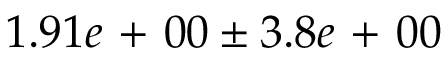
1 . 9 1 e \mathrm { ~ + ~ } 0 0 \pm 3 . 8 e \mathrm { ~ + ~ } 0 0